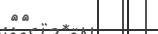
٤٤